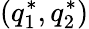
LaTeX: (q_{1}^{*},q_{2}^{*})